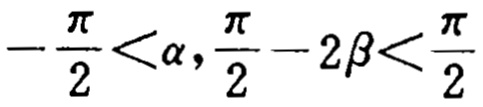
\(-\frac{\pi}{2}<\alpha,\frac{\pi}{2}-2\beta<\frac{\pi}{2}\)